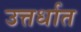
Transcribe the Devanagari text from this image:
उत्तर्धात